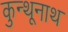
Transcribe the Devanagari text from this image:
कुन्थूनाथ